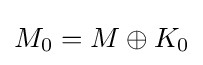
M_{0}=M\oplus K_{0}